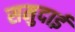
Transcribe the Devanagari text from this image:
समुदाई